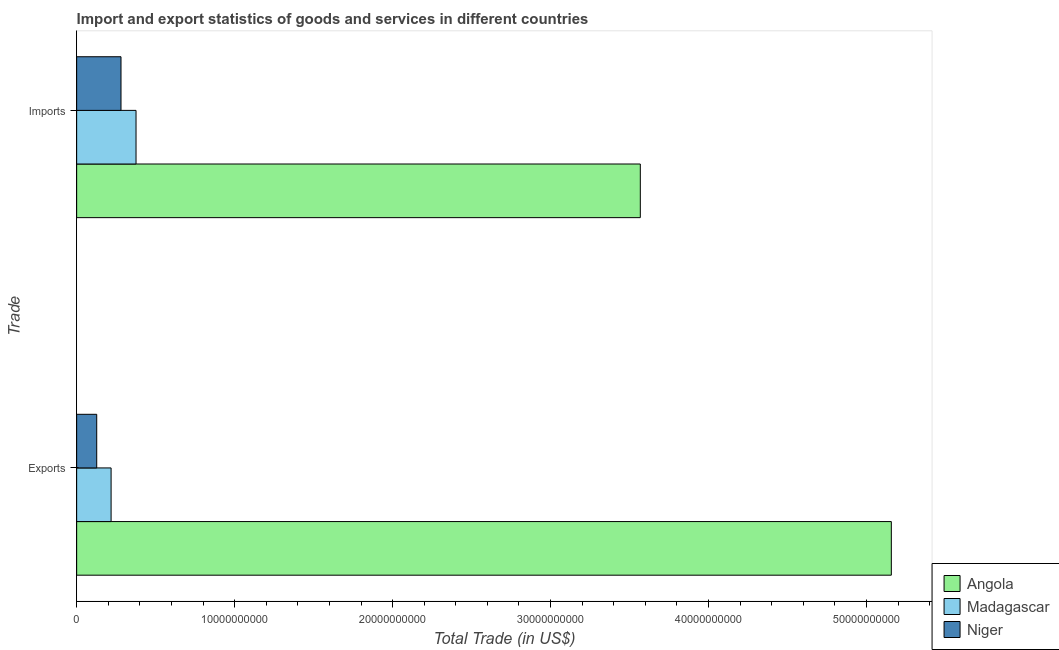
| Trade | Angola | Madagascar | Niger |
 | --- | --- | --- | --- |
 | Exports | 5.16e+10 | 2.18e+09 | 1.27e+09 |
 | Imports | 3.57e+10 | 3.76e+09 | 2.81e+09 |